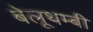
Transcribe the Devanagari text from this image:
बेलूथम्बी